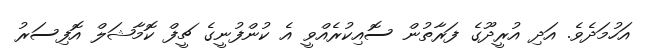
އަހުމަދެވެ. އަދި އުރީދޫގެ ފަރާތުން ސޮއިކުރެއްވީ އެ ކުންފުނީގެ ޗީފް ކޮމާޝަލް އޮފިސަރު